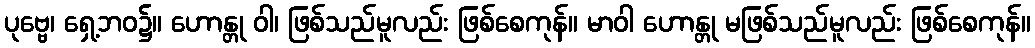
ပုဗ္ဗေ၊ ရှေ့ဘဝ၌။ ဟောန္တု ဝါ၊ ဖြစ်သည်မူလည်း ဖြစ်စေကုန်။ မာဝါ ဟောန္တု မဖြစ်သည်မူလည်း ဖြစ်စေကုန်။